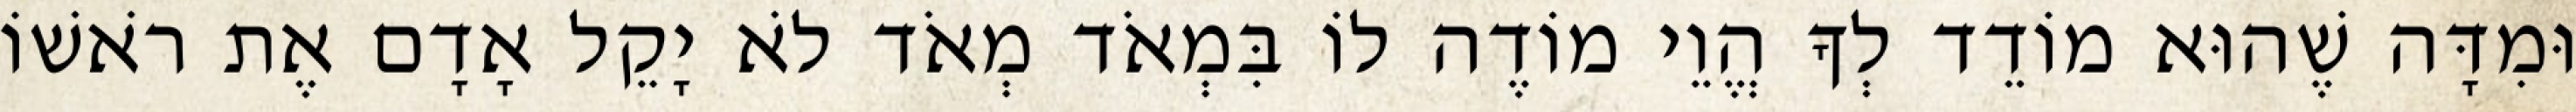
וּמִדָּה שֶׁהוּא מוֹדֵד לְךָ הֱוֵי מוֹדֶה לוֹ בִּמְאֹד מְאֹד לֹא יָקֵל אָדָם אֶת רֹאשׁוֹ